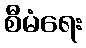
စီမံရေး